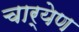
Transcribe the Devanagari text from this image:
चार्येण